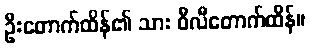
ဦးတောက်ထိန်၏ သား ဝီလီတောက်ထိန်။